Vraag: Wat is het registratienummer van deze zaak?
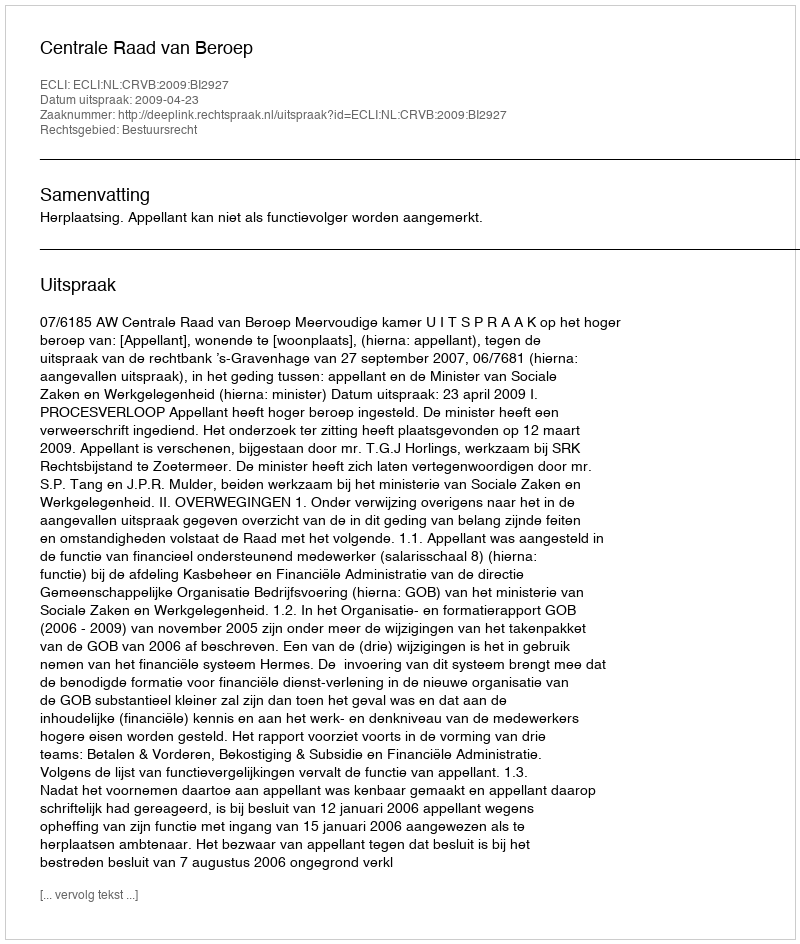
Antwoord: http://deeplink.rechtspraak.nl/uitspraak?id=ECLI:NL:CRVB:2009:BI2927